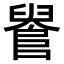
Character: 𨺫